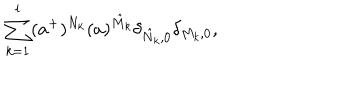
\sum _ { k = 1 } ^ { l } ( a ^ { + } ) ^ { N _ { k } } ( a ) ^ { \hat { M } _ { k } } \delta _ { \hat { N } _ { k } , 0 } \delta _ { M _ { k } , 0 } ,